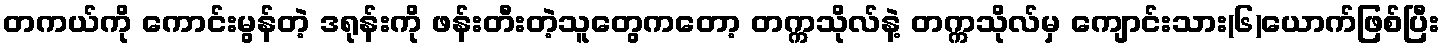
တကယ်ကို ကောင်းမွန်တဲ့ ဒရုန်းကို ဖန်းတီးတဲ့သူတွေကတော့ တက္ကသိုလ်နဲ့ တက္ကသိုလ်မှ ကျောင်းသား(၆)ယောက်ဖြစ်ပြီး